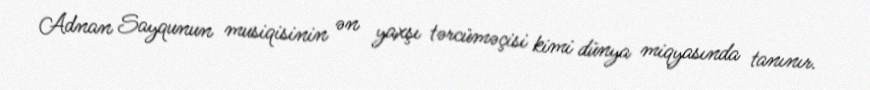
Adnan Sayqunun musiqisinin ən yaxşı tərcüməçisi kimi dünya miqyasında tanınır.